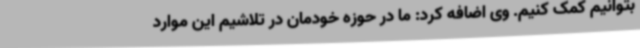
بتوانیم کمک کنیم. وی اضافه کرد: ما در حوزه خودمان در تلاشیم این موارد